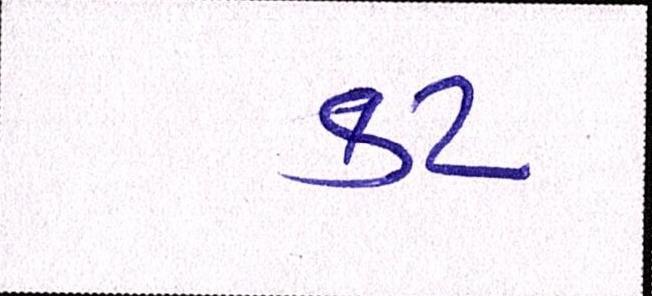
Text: કટ